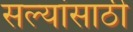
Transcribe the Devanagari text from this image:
सल्यांसाठी